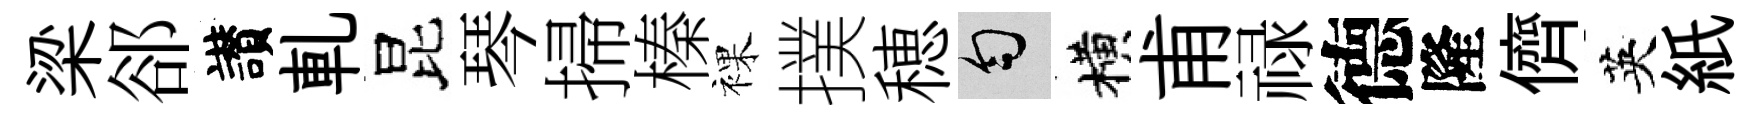
梁郤讃軋昆琴掃榛裸撲穂匀横甫禄德隆儕英紙